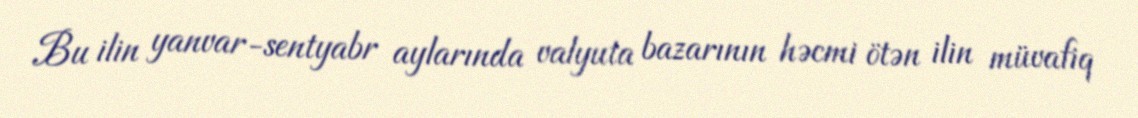
Bu ilin yanvar-sentyabr aylarında valyuta bazarının həcmi ötən ilin müvafiq